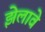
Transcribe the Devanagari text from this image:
झेलावे